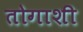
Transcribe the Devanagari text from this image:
तोगाशी